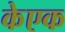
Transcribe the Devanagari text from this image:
केएक